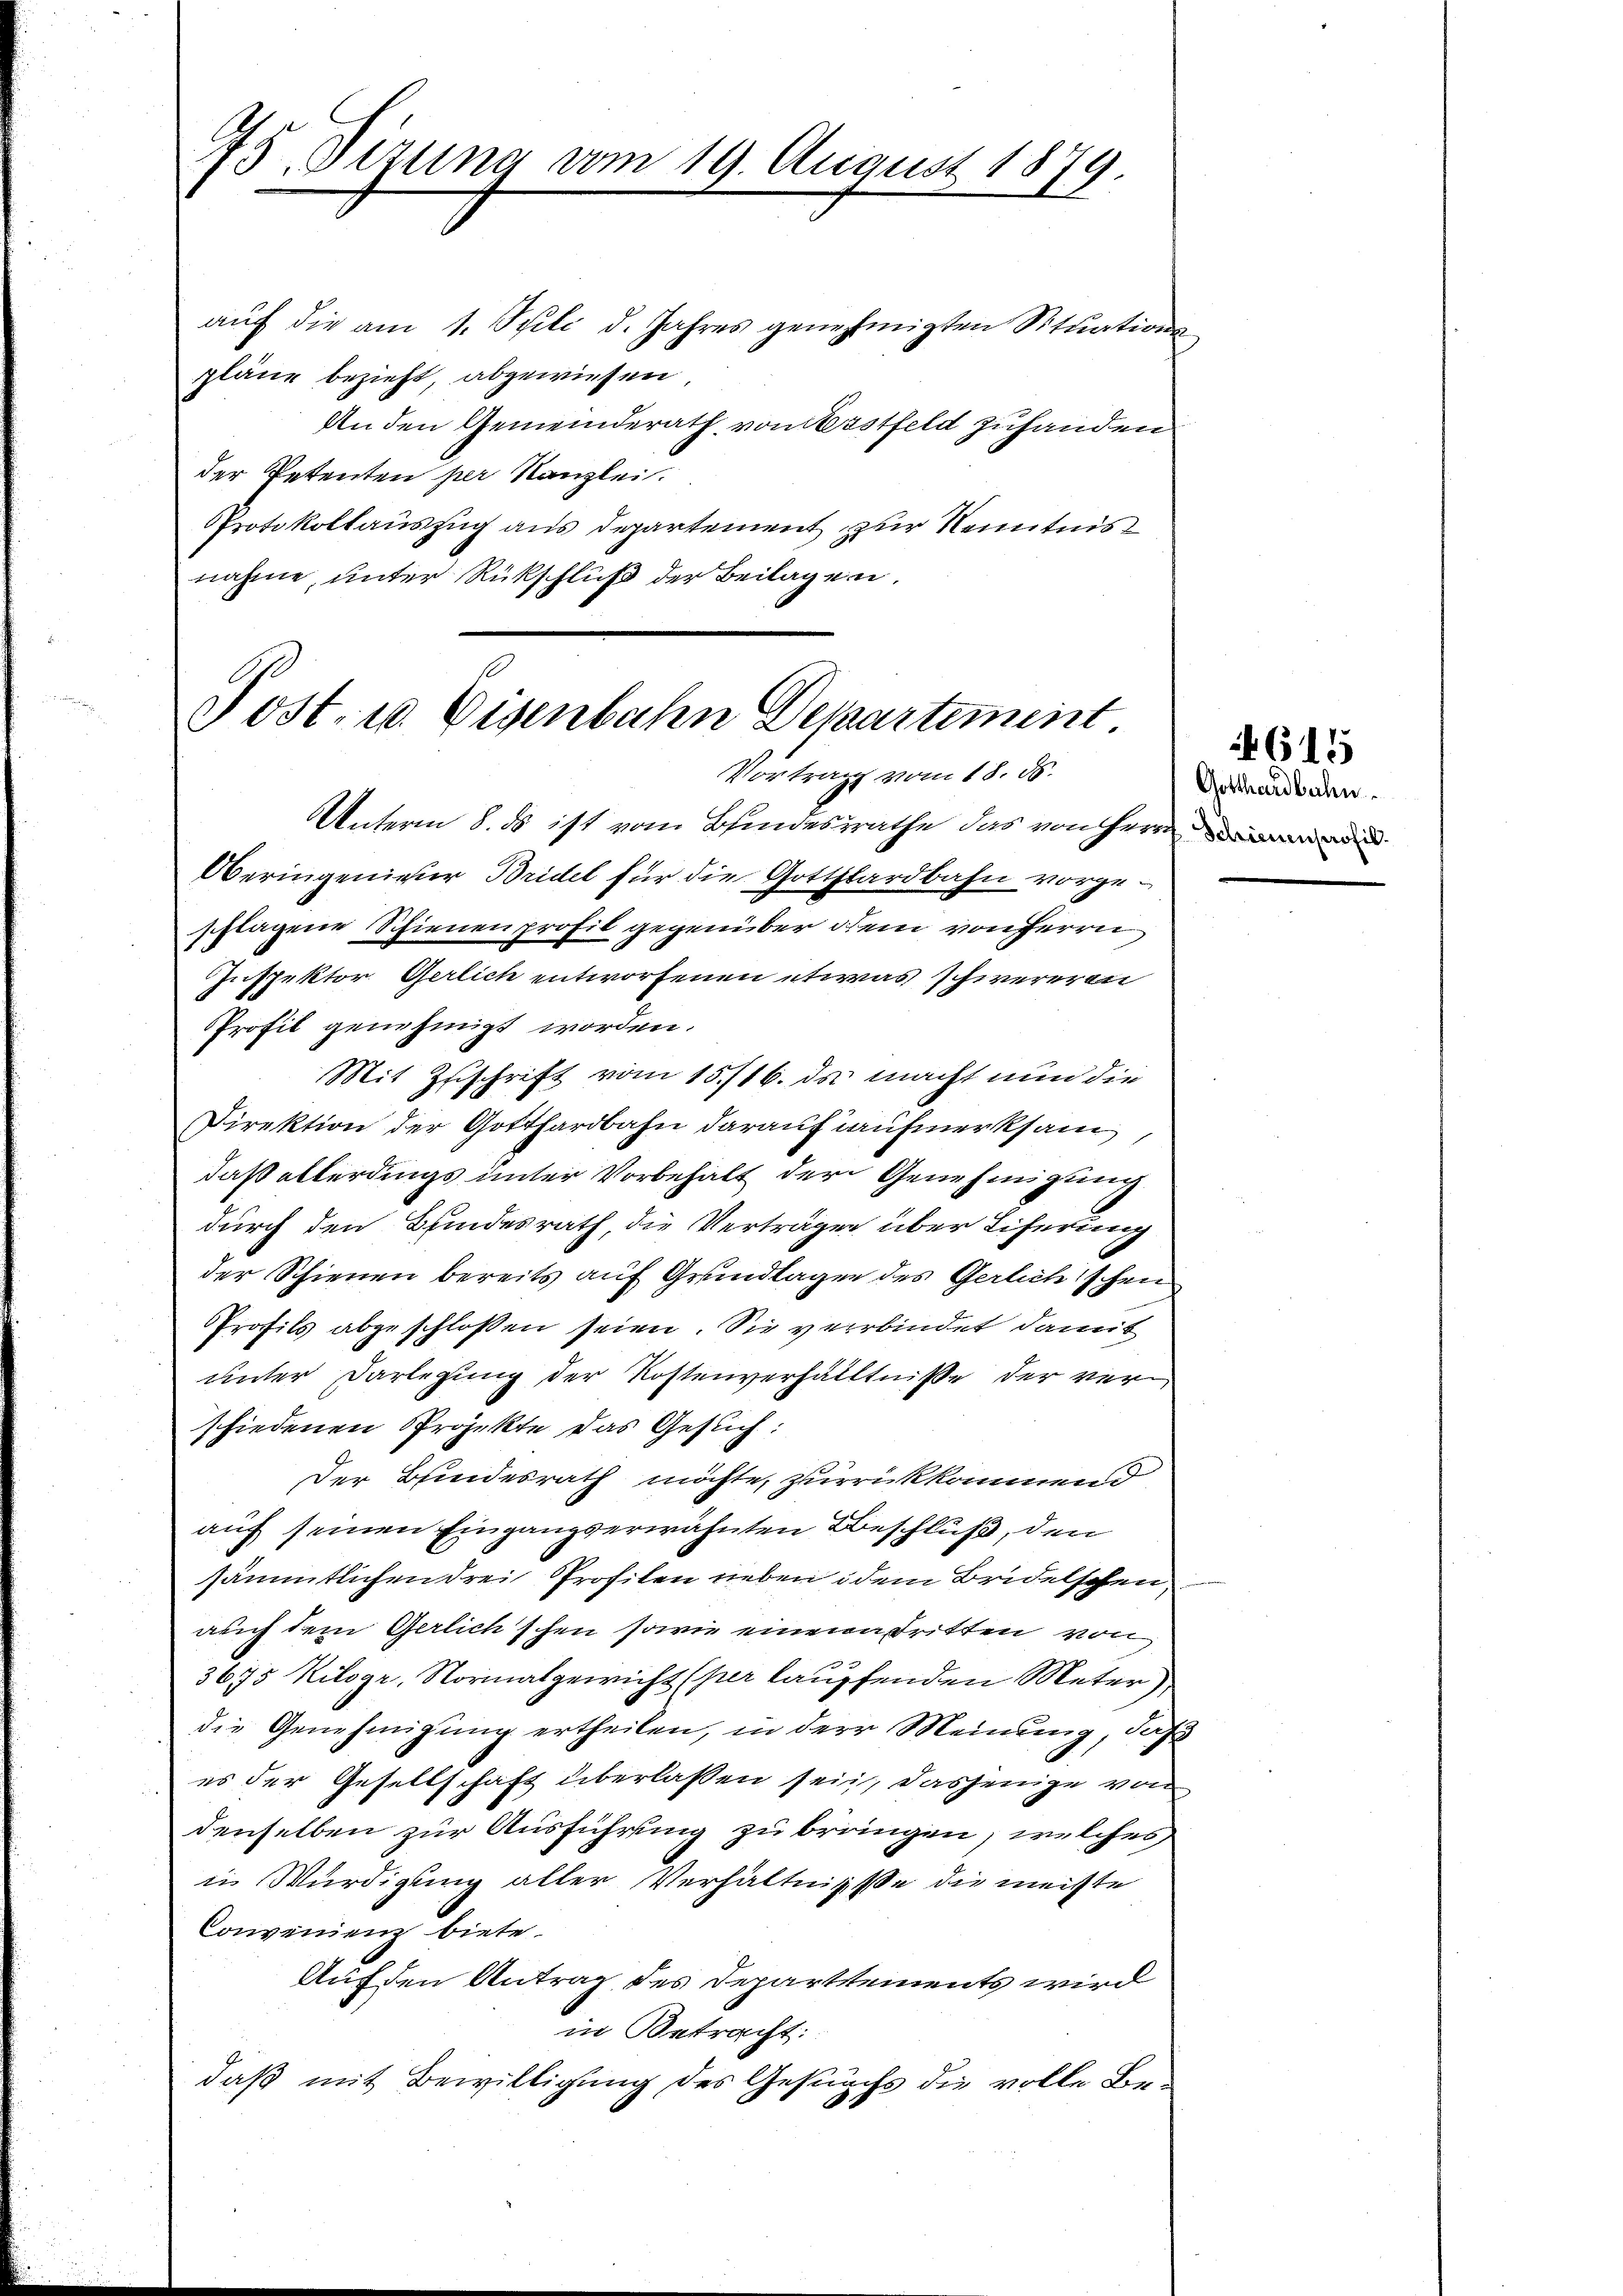
75. Sizung vom 19. August 1879.

aŭf die am 1. Stili d. Jahres genehmigten Situations-
pläne bezieht, abgewiesen
An den Gemeinderath vom Erstfeld zuhanden
der Petenten per Kanzlei.
Protokollauszug aus Departement zur Kenntnis
nahme, unter Rückschluß der Beilagen.

Post. 10. Eisenbahn Departement
Vortrag vom 18. ds.

Unterm 8. ds ist vom Blindesrathe das von Herrn und
Oberingeniver Bridel für die Gotthardbahn vorgeschlagene Schienen profil gegenüber dem von Herrn
Inspektor Gerlich entworfenen etwas schwereren
Profil genehmigt worden.
Mit Zuschrift vom 15./16. ds. macht nun die
Direktion der Gotthardbahn darauf aufmerksam,
daß allerdings unter Vorbehalt der Genehmigung
durch den Bundesrath, die Vertragen über Liferung
der Schienen bereits auf Grundlagen des Gerlichischen
Profils abgeschlossen seien. Sie verbindet damit
unter Darlegung der Kostenverhältnisse der verschiedenen Projekte das Gesuch:
Der Bundesrath möchte, zurückkommend
auf seinen Eingangserwähnten Beschluß, den
sämmtlichen drei Profilen neben dem Bridelschen
auch dem Gerlich schen sowie einen dritten von
3675 Kilogr, Normalgewicht (per lauffenden Meter,
die Genehmigung ertheilen, in der Meinung, daß
es der Gesellschaft überlassen sein, dasjenige von
denselben zur Ausführung zu bringen, welches
in Würdigung aller Verhältnisse die meiste
Convenienz biete.
Auf den Antrag des Departements wird
in Betracht:
daß mit Bewilligung des Gesuchs die volle Be¬

Gotthardbahn.

615